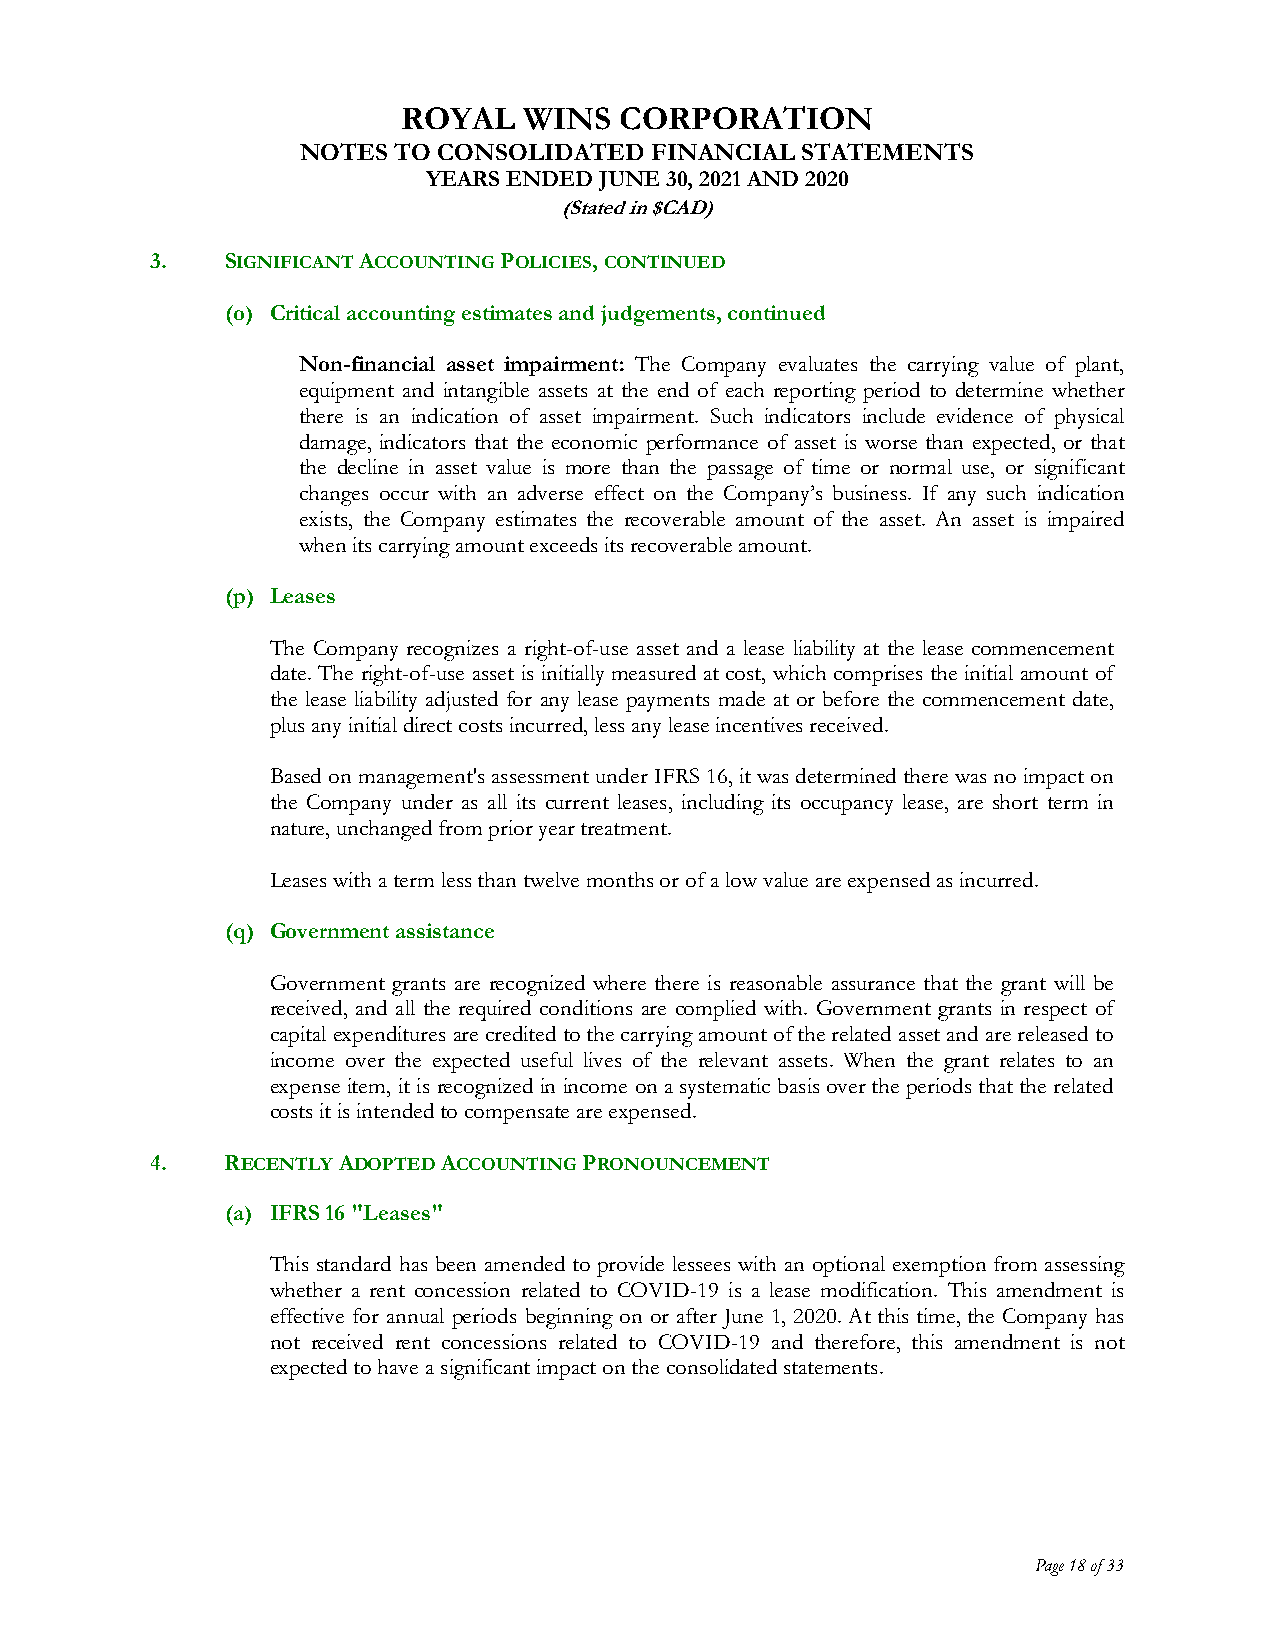
ROYAL   WINS  CORPORATION
 NOTES TO CONSOLIDATED  FINANCIAL STATEMENTS
 YEARS ENDED JUNE 30, 2021 AND 2020
 (Stated in $CAD)
 3.   SIGNIFICANT ACCOUNTING POLICIES, CONTINUED
 (o) Critical accounting estimates and judgements, continued
 Non-financial asset impairment: The Company evaluates the carrying value of plant,
 equipment and intangible assets at the end of each reporting period to determine whether
 there is an indication of asset impairment. Such indicators include evidence of physical
 damage, indicators that the economic performance of asset is worse than expected, or that
 the decline in asset value is more than the passage of time or normal use, or significant
 changes occur with an adverse effect on the Company’s business. If any such indication
 exists, the Company estimates the recoverable amount of the asset. An asset is impaired
 when its carrying amount exceeds its recoverable amount.
 (p) Leases
 The Company recognizes a right-of-use asset and a lease liability at the lease commencement
 date. The right-of-use asset is initially measured at cost, which comprises the initial amount of
 the lease liability adjusted for any lease payments made at or before the commencement date,
 plus any initial direct costs incurred, less any lease incentives received.
 Based on management's assessment under IFRS 16, it was determined there was no impact on
 the Company under as all its current leases, including its occupancy lease, are short term in
 nature, unchanged from prior year treatment.
 Leases with a term less than twelve months or of a low value are expensed as incurred.
 (q) Government assistance
 Government grants are recognized where there is reasonable assurance that the grant will be
 received, and all the required conditions are complied with. Government grants in respect of
 capital expenditures are credited to the carrying amount of the related asset and are released to
 income over the expected useful lives of the relevant assets. When the grant relates to an
 expense item, it is recognized in income on a systematic basis over the periods that the related
 costs it is intended to compensate are expensed.
 4.   RECENTLY ADOPTED ACCOUNTING PRONOUNCEMENT
 (a) IFRS 16 "Leases"
 This standard has been amended to provide lessees with an optional exemption from assessing
 whether a rent concession related to COVID-19 is a lease modification. This amendment is
 effective for annual periods beginning on or after June 1, 2020. At this time, the Company has
 not received rent concessions related to COVID-19 and therefore, this amendment is not
 expected to have a significant impact on the consolidated statements.
 Page 18 of 33